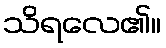
သိရလေ၏။